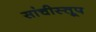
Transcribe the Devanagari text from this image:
सांचीस्तूप